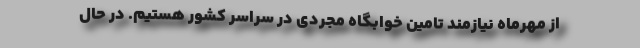
از مهرماه نیازمند تامین خوابگاه مجردی در سراسر کشور هستیم. در حال